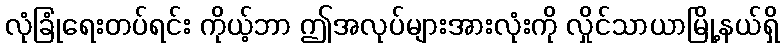
လုံခြုံရေးတပ်ရင်း ကိုယ့်ဘာ ဤအလုပ်များအားလုံးကို လှိုင်သာယာမြို့နယ်ရှိ